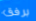
برفق